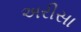
અરીસા